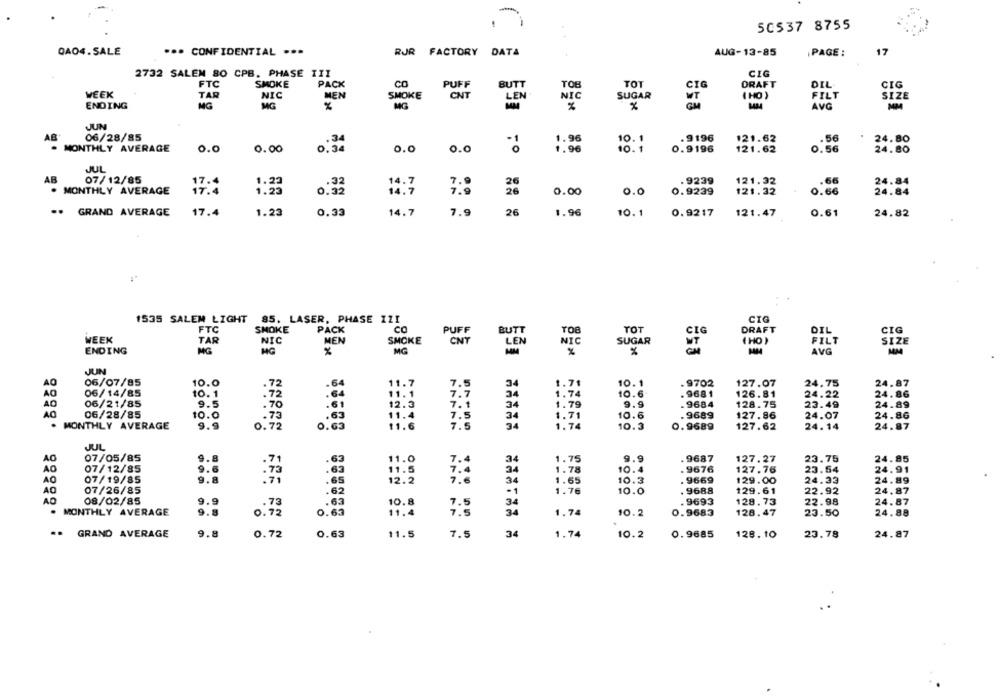
-
.
50537 8755
QAO4. SALE
*** CONFIDENTIAL .**
RJR FACTORY DATA
AUG-13-85
PAGE :
17
2732 SALEM 80 CPB. PHASE III
CIG
FTC
SMOKE
PACK
CO
PUFF
BUTT
TOB
TOT
CIG
DRAFT
DIL
CIG
WEEK
TAR
NIC
MEN
SMOKE
CNT
LEN
NIC
SUGAR
MT
( HO )
FILT
SIZE
ENDING
MG
MG
MG
MA
%
AVG
MM
JUN
AB
06/28/85
10. 1
. 9196
121.62
.34
1.96
.56
24.80
MONTHLY AVERAGE
0.0
0.00
0:34
0.0
0.0
1.96
10. 1
0.9196
121.62
0.56
24.80
JUL
AB
07/12/85
1.23
7.9
. 9239
121.32
.66
24.84
17.4
0. 33
26
. MONTHLY AVERAGE
17.4
1.23
14:9
7.9
26
0.00
0.0
0.9239
121.32
0.66
24.84
GRAND AVERAGE
17.4
1.23
0.33
14.7
7.9
26
1.96
10.1
0.9217
121.47
0.61
24.82
1535 SALEM LIGHT 85. LASER, PHASE IZI
CIG
FTC
SMOKE
PACK
CO
PUFF
BUTT
TOB
TOT
DRAFT
DIL
CIG
WEEK
TAR
NIC
MEN
SMOKE
CNT
NIC
SUGAR
( HO )
FILT
SIZE
LEN
ENDING
MG
MG
%
MG
%
AVG
MM
JUN
AO
06/07/85
10.0
.72
11.7
7.5
34
1.71
10.1
.9702
127.07
24.75
24.87
06/14/85
10. 1
.72
11.1
34
1.74
10.6
. 9681
126.81
24.22
24.86
06/21/85
9.5
.70
12.3
34
1.79
9.9
. 9684
128.75
23.49
24.89
7.1
06/28/85
10.0
.73
11.4
7.5
34
1.71
10.6
9689
127.86
24.07
24.86
. MONTHLY AVERAGE
9.9
0.63
11.6
7.5
34
24.87
0.72
1.74
10.3
0.9689
127.62
24.14
JUL
AO
07/05/85
9.8
11.0
7.4
1.75
.9687
127.27
23.75
24.85
.71
34
AO
07/12/85
9.6
. 73
11.5
34
10
. 9676
127.76
23.54
24.91
AO
07/19/85
9.8
.71
1.65
10.3
. 9669
129.00
24.33
24.89
.65
12.2
7.6
34
07/26/85
.62
-1
1.76
10.0
. 9688
129.61
22.92
24.87
AO
08/02/85
9.9
. 9693
128.73
22.98
24.87
.73
.63
10.8
34
. MONTHLY AVERAGE
9.8
0. 72
0.63
11.4
34
1.74
10.2
0.9683
128.47
23.50
24.88
.. GRAND AVERAGE
9.8
0.72
0.63
11.5
7.5
34
1.74
10.2
0.9685
128. 10
23.78
24.87